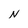
Character: N